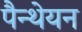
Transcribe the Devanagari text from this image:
पैन्थेयन